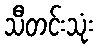
သီတင်းသုံး